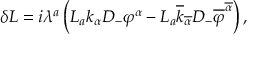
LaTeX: \delta L = i \lambda ^ { a } \left( { \cal L } _ { a } k _ { \alpha } D _ { - } \varphi ^ { \alpha } - { \cal L } _ { a } \overline { { { k } } } _ { \overline { { { \alpha } } } } D _ { - } \overline { { { \varphi } } } ^ { \overline { { { \alpha } } } } \right) ,